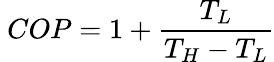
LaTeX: \ COP=1+{\frac{T_{L}}{T_{H}-T_{L}}}